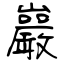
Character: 巖